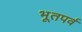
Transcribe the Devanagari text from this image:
भूतपर्व